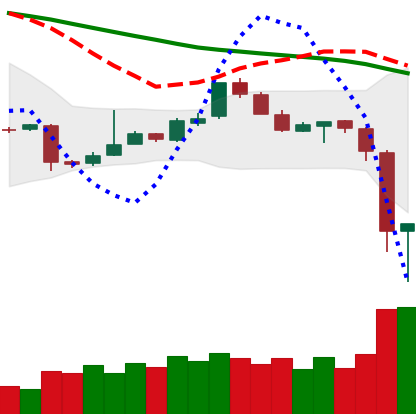
Ticker: EOS-USD
Chart end date: 2018-11-15
Forward return: -20.919%
Label: down_7plus